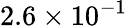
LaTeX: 2.6\times 10^{-1}